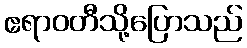
ဧရာဝတီသို့ပြောသည်